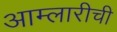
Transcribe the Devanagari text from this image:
आम्लारीची